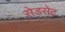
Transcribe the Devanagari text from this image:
सेडसेट